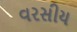
વરસીય